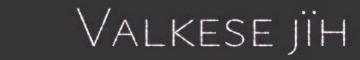
Valkese jïh